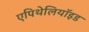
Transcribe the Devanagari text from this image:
एपिथेलियॉइड